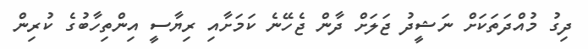
ދިގު މުއްދަތަކަށް ނަޝީދު ޖަލަށް ދާން ޖެހޭނެ ކަމަށާއި ރިޔާސީ އިންތިހާބުގެ ކުރިން